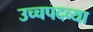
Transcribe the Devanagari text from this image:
उच्चपदव्या